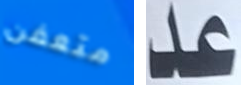
متعفن عد